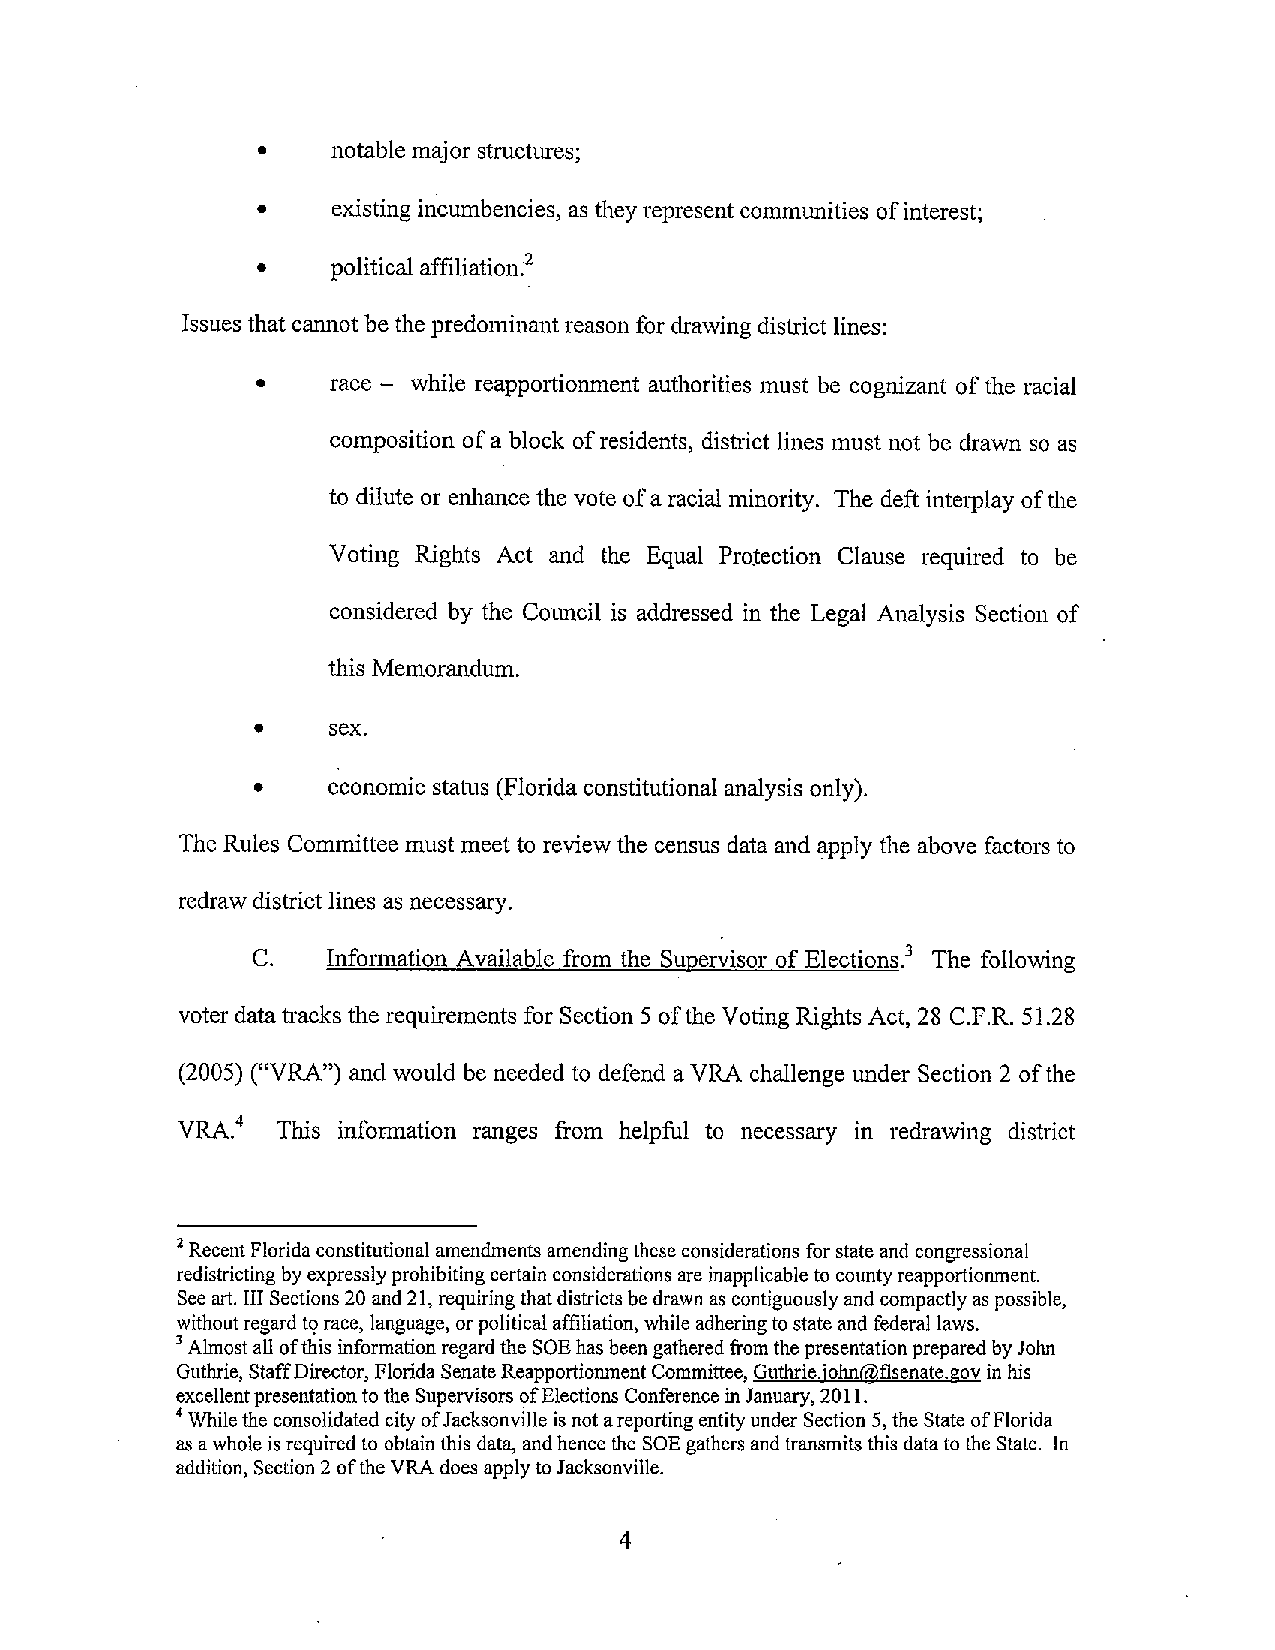
•    notable major structures;
 •    existing incumbencies, as theyrepresent communities ofinterest;
 •    political affiliation.2
 Issues that cannotbethe predominantreason for drawing district lines:
 •    race - while reapportionment authorities must be cognizant ofthe racial
 composition ofa block ofresidents, district lines must not be drawn so as
 to dilute or enhance the vote ofa racial minority. The deft interplay ofthe
 Voting Rights Act and the Equal Protection Clause required to be
 considered by the Council is addressed in the Legal Analysis Section of
 this Memorandum.
 •    sex.
 •    economic status (Floridaconstitutional analysis only).
 The Rules Committeemust meet to review the census data and apply the above factors to
 redrawdistrictlines as necessary.
 C.   Information Available from the Supervisor of Elections.3 The following
 voter datatracks the requirements for SectionS ofthe Voting Rights Act, 28 C.F.R. 51.28
 (2005) ("VRA") and would be needed to defend aVRA challenge under Section 2 ofthe
 VRA.4 This information ranges from helpful to necessary in redrawing district
 2RecentFloridaconstitutionalamendments amendingtheseconsiderationsfor stateand congressional
 redistricting byexpresslyprohibitingcertainconsiderationsare inapplicable to countyreapportiomnent.
 Seeart. IIISections20 and21,requiringthatdistrictsbedrawn as contiguouslyand compactlyas possible,
 withoutregardt9race, language, orpoliticalaffiliation, while adheringtostateand federal laws.
 3Almostall ofthis informationregardthe SOEhasbeengatheredfrom thepresentationpreparedbyJohn
 Guthrie,StaffDirector, FloridaSenateReapportiomnentCommittee,Guthrie.john@flsenate.govin his
 excellentpresentationtothe SupervisorsofElections ConferenceinJanuary,20II.
 4Whilethe consolidatedcityofJacksonville isnotareportingentityunder Section5,theStateofFlarida
 as awholeisrequiredto obtainthis data, andhencethe SOEgathers andtransmitsthis datatothe State. In
 addition, Section2 oftheVRA does applytoJacksonville.
 4